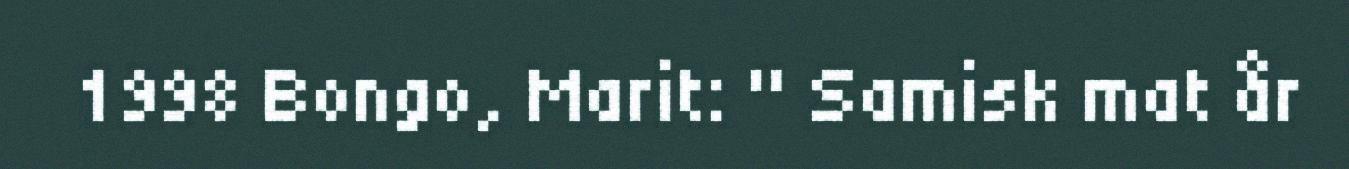
1998 Bongo, Marit: " Samisk mat år